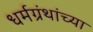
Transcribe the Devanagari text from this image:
धर्मग्रंथांच्या